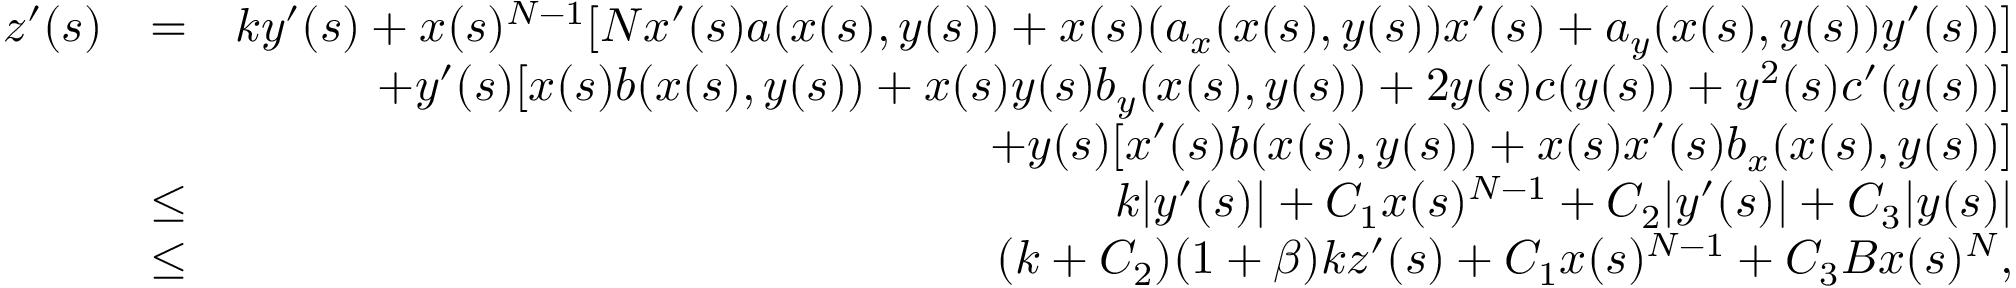
\begin{array} { r l r } { z ^ { \prime } ( s ) } & { = } & { k y ^ { \prime } ( s ) + x ( s ) ^ { N - 1 } [ N x ^ { \prime } ( s ) a ( x ( s ) , y ( s ) ) + x ( s ) ( a _ { x } ( x ( s ) , y ( s ) ) x ^ { \prime } ( s ) + a _ { y } ( x ( s ) , y ( s ) ) y ^ { \prime } ( s ) ) ] } \\ & { } & { + y ^ { \prime } ( s ) [ x ( s ) b ( x ( s ) , y ( s ) ) + x ( s ) y ( s ) b _ { y } ( x ( s ) , y ( s ) ) + 2 y ( s ) c ( y ( s ) ) + y ^ { 2 } ( s ) c ^ { \prime } ( y ( s ) ) ] } \\ & { } & { + y ( s ) [ x ^ { \prime } ( s ) b ( x ( s ) , y ( s ) ) + x ( s ) x ^ { \prime } ( s ) b _ { x } ( x ( s ) , y ( s ) ) ] } \\ & { \leq } & { k | y ^ { \prime } ( s ) | + C _ { 1 } x ( s ) ^ { N - 1 } + C _ { 2 } | y ^ { \prime } ( s ) | + C _ { 3 } | y ( s ) | } \\ & { \leq } & { ( k + C _ { 2 } ) ( 1 + \beta ) k z ^ { \prime } ( s ) + C _ { 1 } x ( s ) ^ { N - 1 } + C _ { 3 } B x ( s ) ^ { N } , } \end{array}